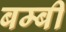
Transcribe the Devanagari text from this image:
बम्बी